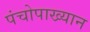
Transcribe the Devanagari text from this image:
पंचोपाख्यान